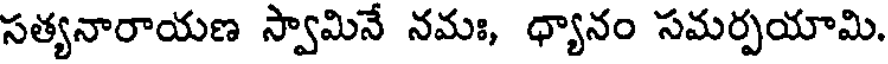
సత్యనారాయణ స్వామినే నమః, ధ్యానం సమర్పయామి.